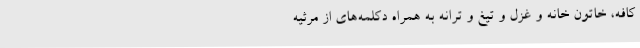
کافه، ‌خاتون خانه و غزل و تیغ و ترانه به همراه دکلمه‌های از مرثیه